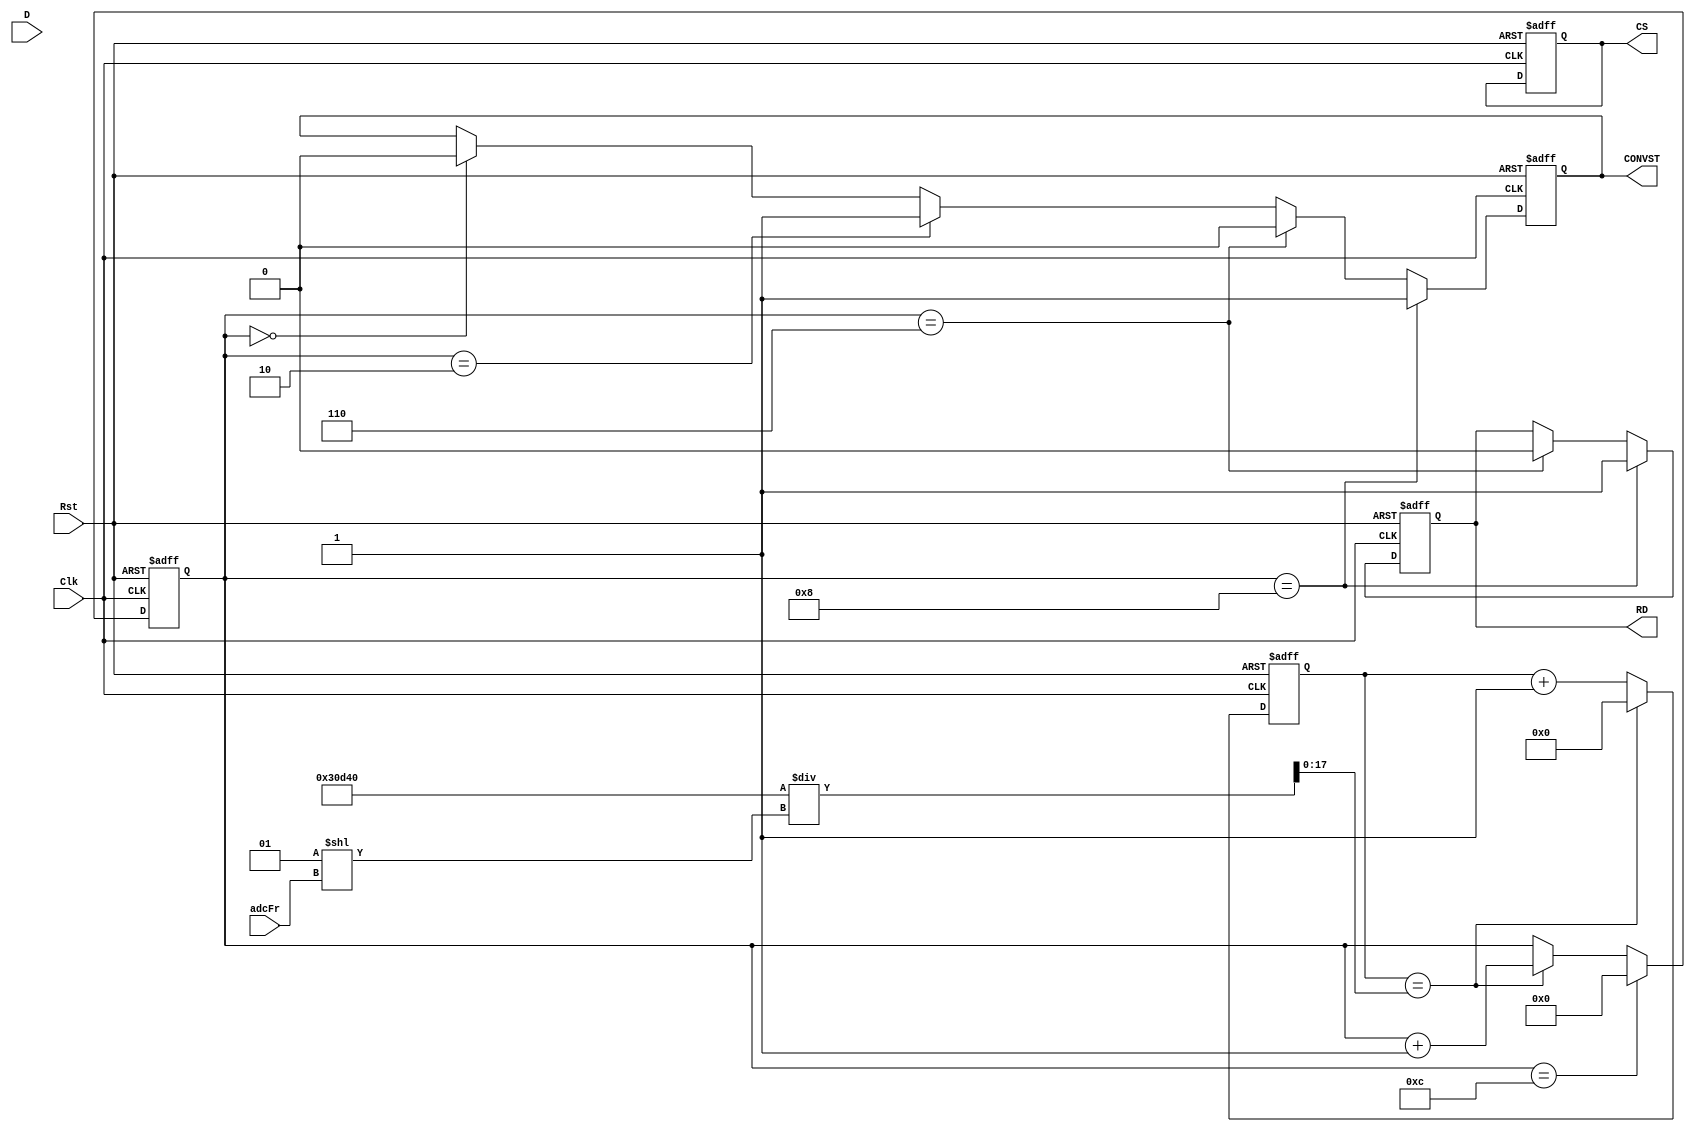
module adcTimingManager(
    input Clk,
    input Rst,
    input [2:0] adcFr,
    input [7:0] D,
    output CS,
    output RD,
    //output BUSY,
    output CONVST
    );
    
    // declation (internal)
    reg [3:0] clockCount;
    // reg [7:0] shapeCount;
    reg [17:0] frequencyCount;
    reg dbClock;
    reg [7:0] value;
    
    // declation (output)
    reg CS;
    reg RD;
    //reg BUSY;
    reg CONVST;
    
    // for Freqency
    //wire [20:0] K;
    //assign K = 2**12;  
    wire [17:0] samplingRate;
    assign samplingRate  = 200000 / (2**adcFr);
    
    // main process
        always @(posedge Clk or negedge Rst) begin
        
            // Reset => initialize of internal counter
            if (!Rst) begin
                clockCount <= 0;
                // shapeCount <= 0;
                frequencyCount <= 0;
                dbClock <= 1;
                CS <= 0;
                CONVST <= 0;
                // BUSY <= 0;
                RD <= 1;
                // DB is out.
            end
            
            // main loop
            else begin
            
                // increment
                frequencyCount <= frequencyCount + 1;
                
                if ( frequencyCount == samplingRate ) begin
                    // shapeCount <= shapeCount + 1;
                    clockCount <= clockCount + 1;
                    frequencyCount <= 0;
                    // frequencyClock <= ~frequencyClock;
                end
                
                // initialize of output
                if ( clockCount == 0 ) begin
                    CONVST <= 0;
                end
                
                // If clockCount equals 1, shape module writes DB. 
                if ( clockCount == 1 ) begin
                   //  BUSY <= 1;
                end
                    
                if ( clockCount == 2 ) begin
                    CONVST <= 1; 
                end
                
                if ( clockCount == 6 ) begin
                    CONVST <= 0;
                    RD <= 0;
                end
                
                if ( clockCount == 7 ) begin
                    value <= D;
                end
                
                if ( clockCount == 8 ) begin
                    CONVST <= 1;
                    RD <= 1;
                end
                
                if ( clockCount == 12 ) begin
                    clockCount <= 0;
                end
                
            end
        end
endmodule